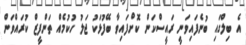
އެ ބިލްގައި ބުނެފައިވަނީ ރައީސްކަން ކޮށްފައިވާ ބޭފުޅަކު ޖަލު ހުކުމެއް ތަންފީޒް ކުރައްވަން